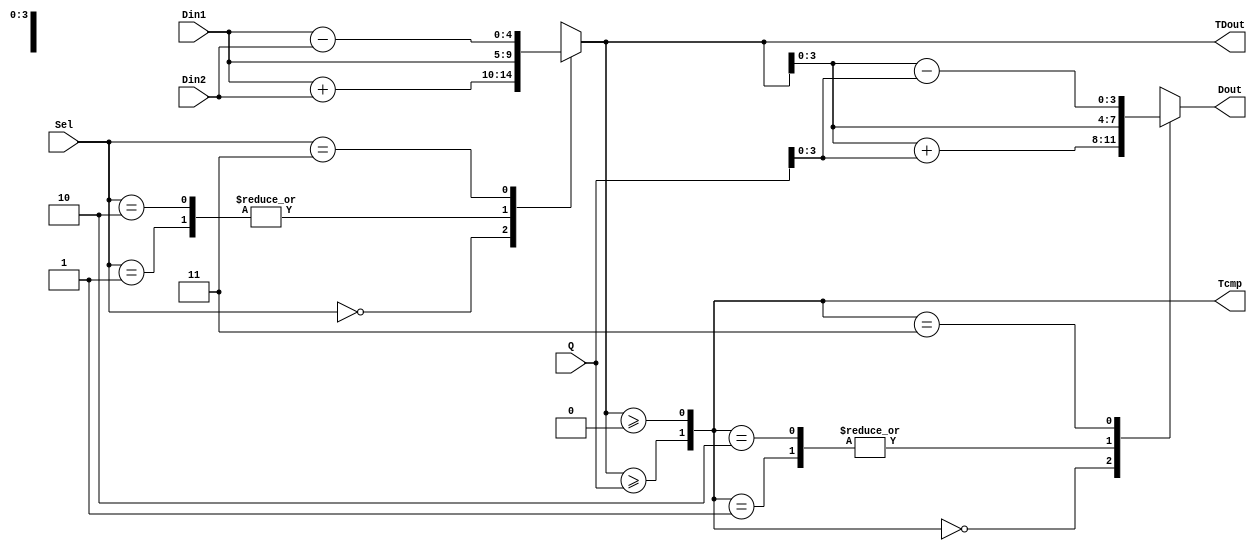
// 
// Designer: P76111783
//
module MAS_2input(
    input signed [4:0]Din1,
    input signed [4:0]Din2,
    input [1:0]Sel,
    input signed[4:0]Q,
    output [1:0]Tcmp,
    output reg signed[4:0]TDout,
    output reg signed[3:0]Dout
);

/*Write your design here*/

always @(Sel or Din1 or Din2) begin
	case(Sel)
		2'b00:begin
			TDout = Din1 + Din2;
		end
		2'b01:begin
			TDout = Din1;
		end
		2'b10:begin
			TDout = Din1;
		end
		2'b11:begin
			TDout = Din1 - Din2;
		end
	endcase
end
	
assign Tcmp = {TDout >= Q, TDout >= 0};

always @(Tcmp or TDout or Q) begin
	case(Tcmp)
		2'b00:begin
			Dout = TDout + Q;
		end
		2'b01:begin
			Dout = TDout;
		end
		2'b10:begin
			Dout = TDout;
		end
		2'b11:begin
			Dout = TDout - Q;
		end
	endcase
end
endmodule